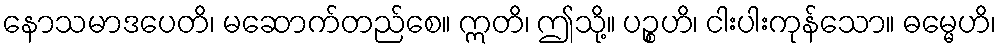
နောသမာဒပေတိ၊ မဆောက်တည်စေ။ ဣတိ၊ ဤသို့။ ပဉ္စဟိ၊ ငါးပါးကုန်သော။ ဓမ္မေဟိ၊